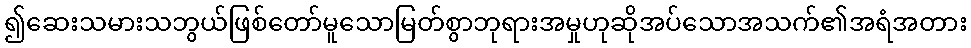
၍ဆေးသမားသဘွယ်ဖြစ်တော်မူသောမြတ်စွာဘုရားအမှုဟုဆိုအပ်သောအသက်၏အရံအတား